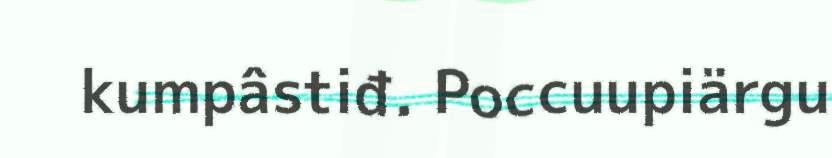
kumpâstiđ. Poccuupiärgu